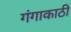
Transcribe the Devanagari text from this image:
गंगाकाठी